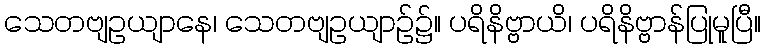
သေတဗျဥယျာနေ၊ သေတဗျဥယျာဉ်၌။ ပရိနိဗ္ဗာယိ၊ ပရိနိဗ္ဗာန်ပြုမူပြီ။